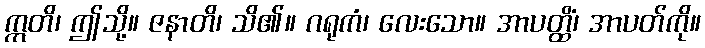
ဣတိ၊ ဤသို့။ ဇနာတိ၊ သိ၏။ ဂရုကံ၊ လေးသော။ အာပတ္ထိံ၊ အာပတ်ကို။